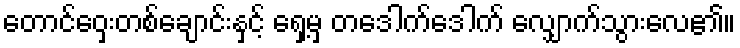
တောင်ဝှေးတစ်ချောင်းနှင့် ရှေ့မှ တဒေါက်ဒေါက် လျှောက်သွားလေ၏။